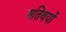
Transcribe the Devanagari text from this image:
अतिथयों